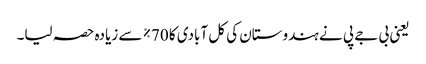
یعنی بی جے پی نے ہندوستان کی کل آبادی کا 70٪ سے زیادہ حصہ لیا۔